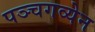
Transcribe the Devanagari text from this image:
पञ्चगव्येन